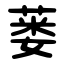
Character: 蒌